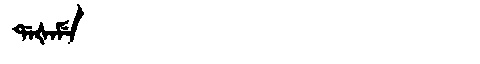
Manchu: ᡩᠠᡧᠠᠮᡝ
Romanization: DAŠAME